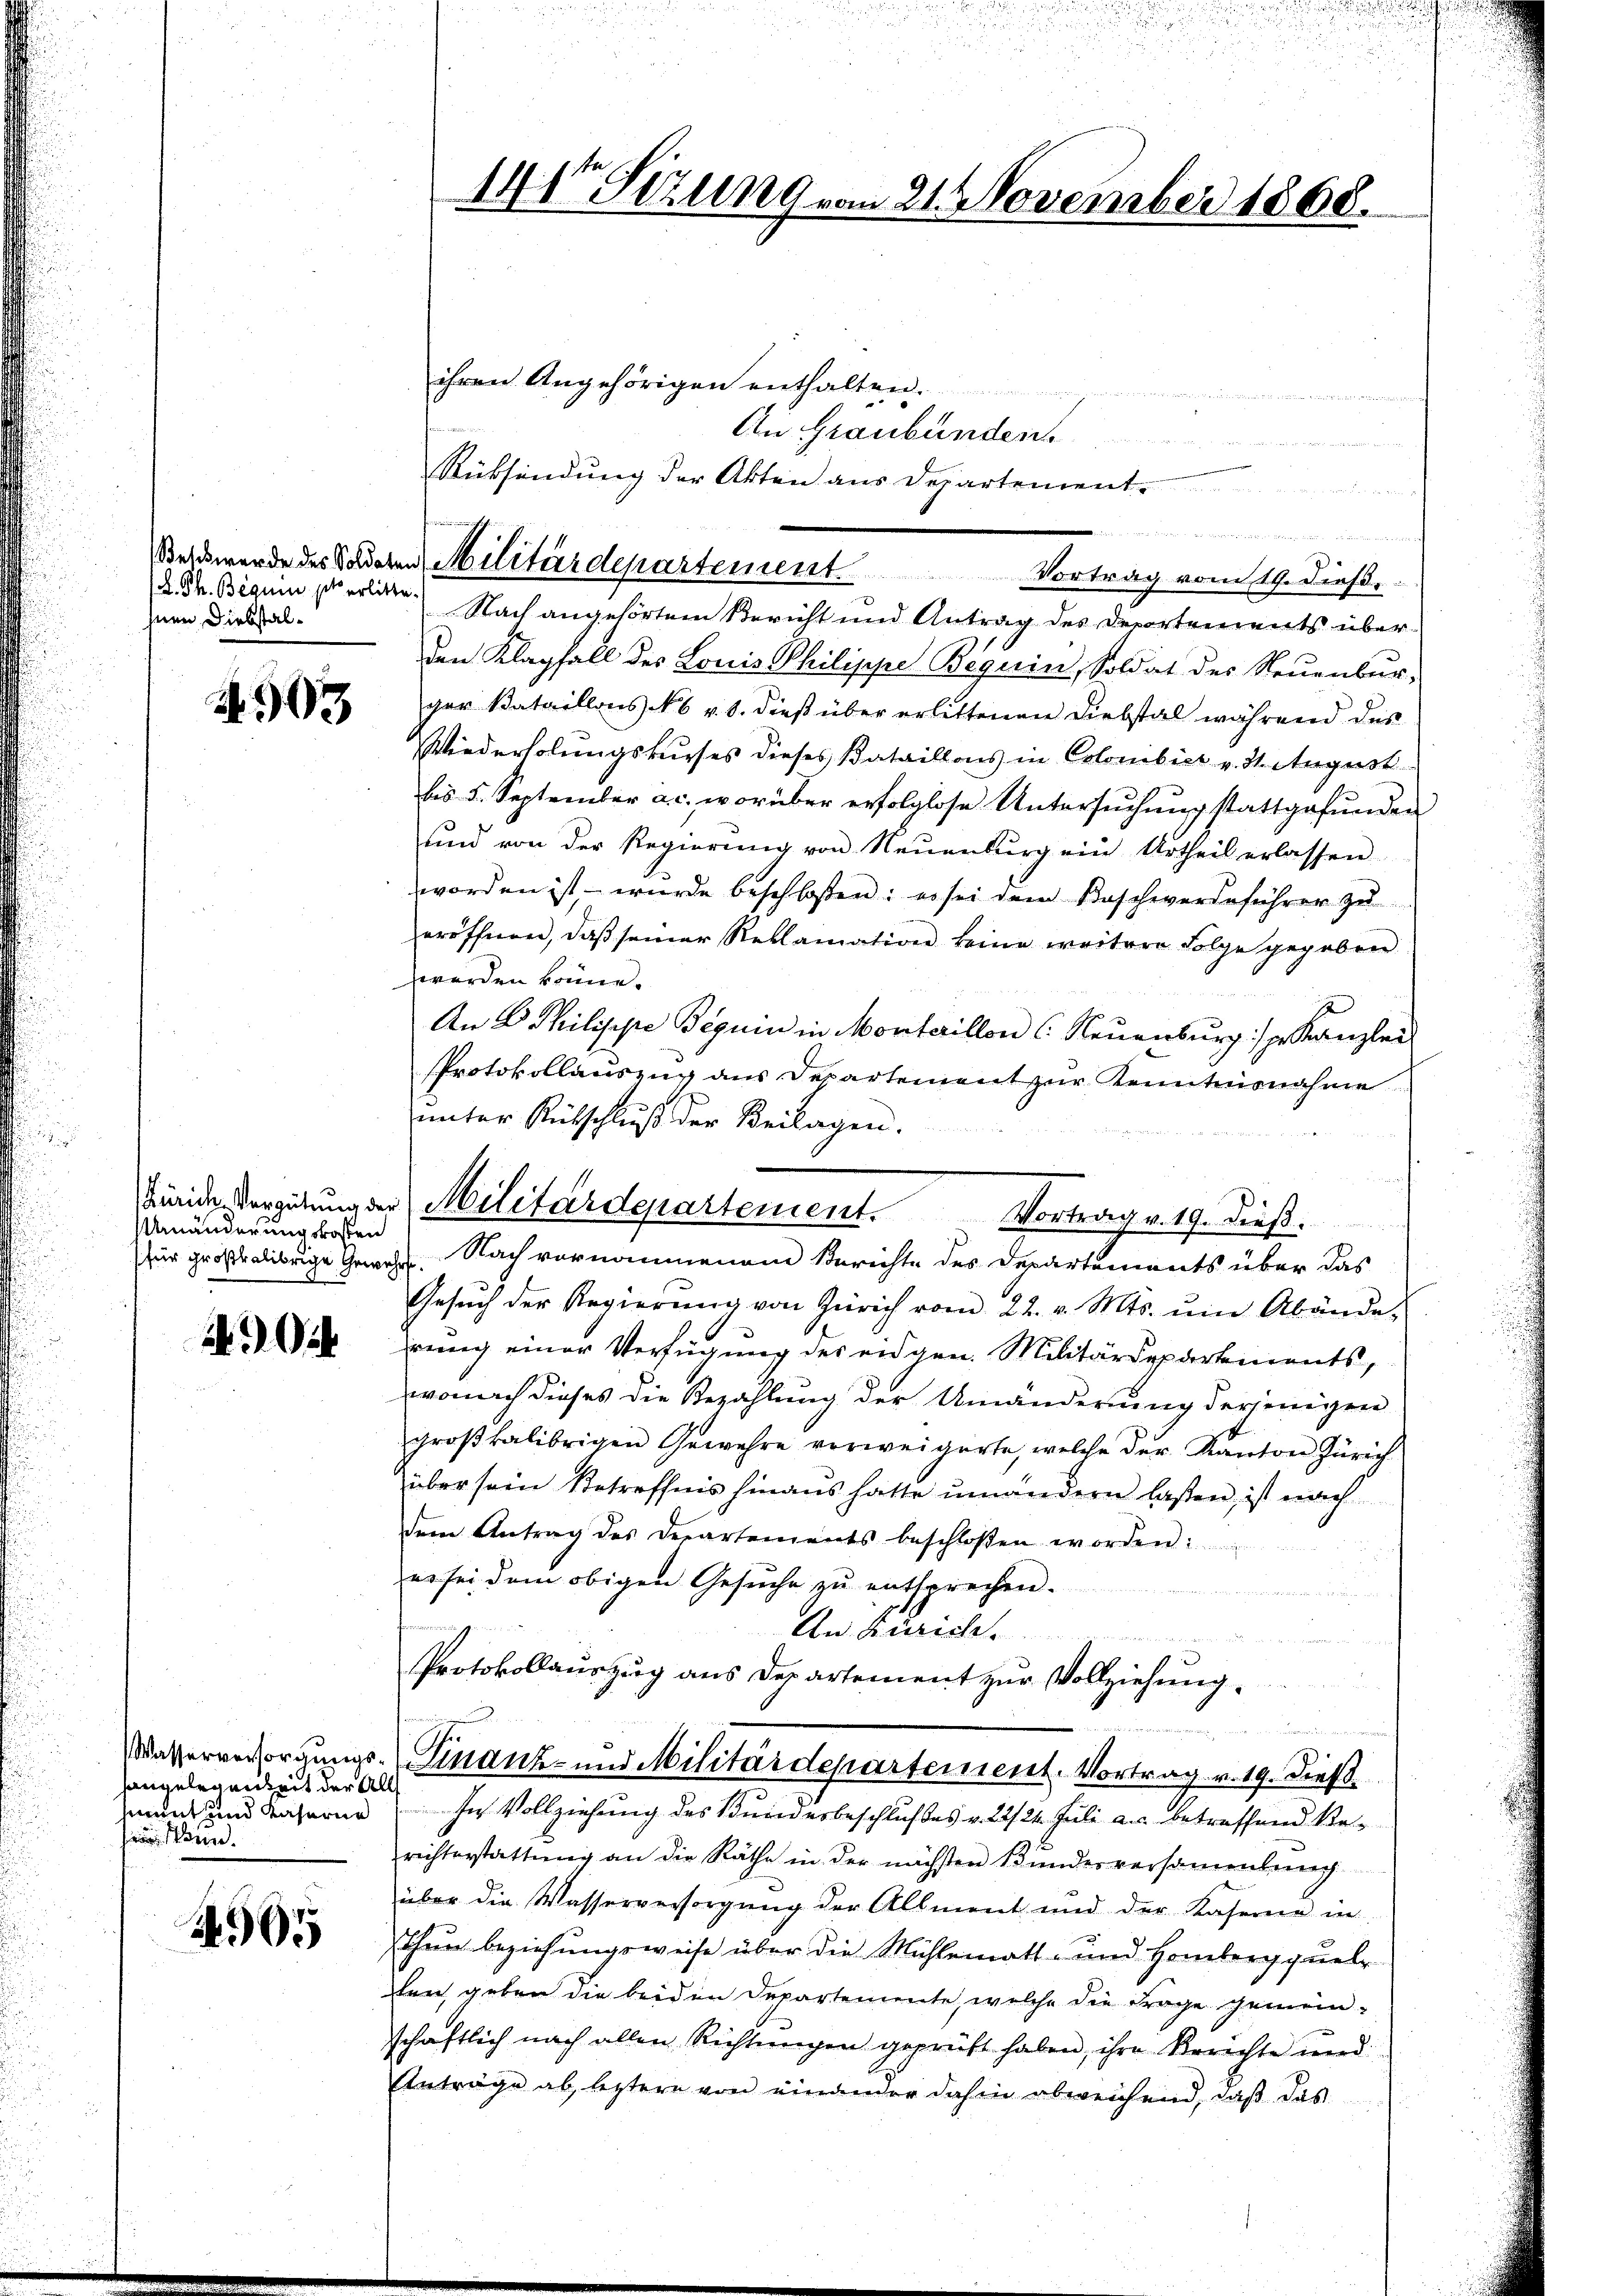
(L. Ph. Bequi so erlitte.
jnen Diebstal¬

4903

Umänderungskosten

0

Wasserversorgungshangelegenheit der Al
nannt und Kaserne
 sind.

4565

Beld wurde des Saderen Militärdepartement. Vortrag vom 19. dieß,

.
Nach angehörtem Bericht und Antrag des Deportements über
den Klagfall des Louis Philippe Beguin, Soldat des Neuenburger Bataillons NN 6 v. 8. dieß über erlittenen Diebstal während des
Wiederholungskurses dieses Bataillons in Colombier v. M. August
bis 5. September a.c. worüber erfolglose Untersuchung stattgefunden
und von der Regierŭng von Neuenburg ein Urtheil erlassen
worden ist, – wurde beschloßen: es sei dem Beschwerdeführer zŭ
eröffnen, daβ seiner Reklamation keine weitere Folge gegeben
werden könne.
An E. Philisire Beguin in Monterillon C. Neuenburg:/ pr Kanzlei
Protokollauszug aus Departement zur Kenntnisnahme
unter Rückschluß der Beilagen.
Gesŭch der Regierŭng von Zürich vom 22. v. Mts. ŭm Abände.
rung einer Verfügung des eidgen. Militärdepartements,
wonach dieses die Bezahlung der Umänderung derjenigen
groβkalibrigen Gewehre verweigerte, welche der Kanton Zürich
über sein Betreffnis hinaus hatte umändern laßen, ist nach
dem Antrag des Departements beschlossen worden:
es sei dem obigen Gesŭche zu entsprechen.
An Zürich.
Protokollauszug aus Departement zur Vollziehung.
Finanz- und Militärdepartement. Vortrag v. 19. Dieß
In Vollziehung des Bundesbeschlußes v. 22/24. Juli a.c. betreffend Rerichterstattŭng an die Räthe in der nächsten Bŭndesversammlung
über die Wasserversorgung der Allment und der Kasereie in
thun beziehungsweise über die Mühlematt- und Homberg quel
ten, geben die beiden Departemente, welche die Frage gemeinschaftlich nach allen Richtungen geprüft haben, ihre Berichte und
Anträge ab letztere von einander dahin abweichend, daβ das

ihren Angehörigen enthalten.
An Graubünden.
Rücksendung der Akten aus Departement.

141 Sizung vom 21. November 1868.

Beide Vergütung der Militärdepartement. Vortrag v. 19. dieß.
(für großalibrige Gewehr. Nach vornommenem Berichte des Departements über das